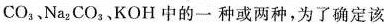
CO_{3}、Na_{2}CO_{3}、KOH中的一种或两种，为了确定该